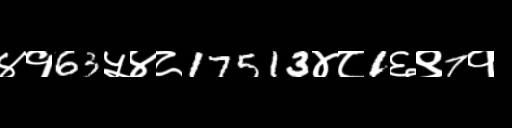
Text: ४१63५४८17513४८1६९7१